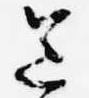
送